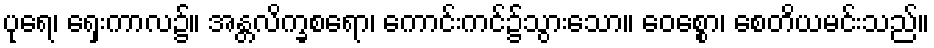
ပုရေ၊ ရှေးကာလ၌။ အန္တလိက္ခစရော၊ ကောင်းကင်၌သွားသော။ ဝေစ္စော၊ စေတိယမင်းသည်။